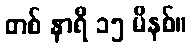
တစ် နာရီ ၁၅ မိနစ်။